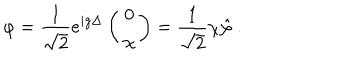
\varphi = \frac { 1 } { \sqrt { 2 } } e ^ { i g \Delta } \left( \begin{array} { c } { { 0 } } \\ { { \chi } } \\ \end{array} \right) = \frac { 1 } { \sqrt { 2 } } \chi \hat { \varphi } \ .